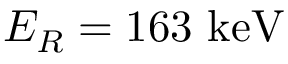
E _ { R } = 1 6 3 ~ \mathrm { k e V }